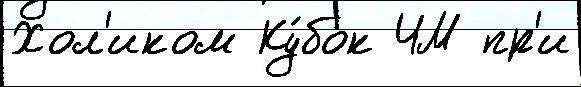
Хол'иком Ку́бок ЧМ пр'и